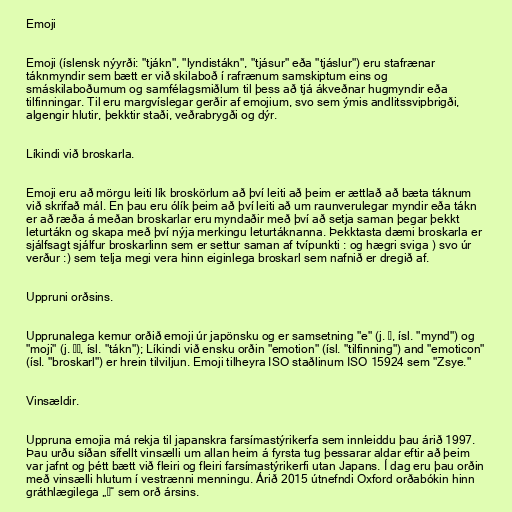
Emoji

Emoji (íslensk nýyrði: "tjákn", "lyndistákn", "tjásur" eða "tjáslur") eru stafrænar
táknmyndir sem bætt er við skilaboð í rafrænum samskiptum eins og
smáskilaboðumum og samfélagsmiðlum til þess að tjá ákveðnar hugmyndir eða
tilfinningar. Til eru margvíslegar gerðir af emojium, svo sem ýmis andlitssvipbrigði,
algengir hlutir, þekktir staði, veðrabrygði og dýr.

Líkindi við broskarla.

Emoji eru að mörgu leiti lík broskörlum að því leiti að þeim er ættlað að bæta táknum
við skrifað mál. En þau eru ólík þeim að því leiti að um raunverulegar myndir eða tákn
er að ræða á meðan broskarlar eru myndaðir með því að setja saman þegar þekkt
leturtákn og skapa með því nýja merkingu leturtáknanna. Þekktasta dæmi broskarla er
sjálfsagt sjálfur broskarlinn sem er settur saman af tvípunkti : og hægri sviga ) svo úr
verður :) sem telja megi vera hinn eiginlega broskarl sem nafnið er dregið af.

Uppruni orðsins.

Upprunalega kemur orðið emoji úr japönsku og er samsetning "e" (j. 絵, ísl. "mynd") og
"moji" (j. 文字, ísl. "tákn"); Líkindi við ensku orðin "emotion" (ísl. "tilfinning") and "emoticon"
(ísl. "broskarl") er hrein tilviljun. Emoji tilheyra ISO staðlinum ISO 15924 sem "Zsye."

Vinsældir.

Uppruna emojia má rekja til japanskra farsímastýrikerfa sem innleiddu þau árið 1997.
Þau urðu síðan sífellt vinsælli um allan heim á fyrsta tug þessarar aldar eftir að þeim
var jafnt og þétt bætt við fleiri og fleiri farsímastýrikerfi utan Japans. Í dag eru þau orðin
með vinsælli hlutum í vestrænni menningu. Árið 2015 útnefndi Oxford orðabókin hinn
gráthlægilega „😂“ sem orð ársins.